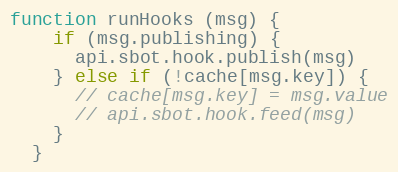
Language: JavaScript
function runHooks (msg) {
    if (msg.publishing) {
      api.sbot.hook.publish(msg)
    } else if (!cache[msg.key]) {
      // cache[msg.key] = msg.value
      // api.sbot.hook.feed(msg)
    }
  }